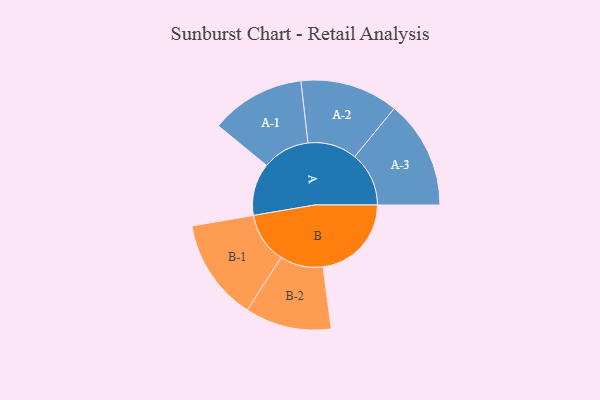
{"axis": {"x": "Segment", "y": "Value"}, "legend": ["", "A", "B"], "data": [{"x": "A", "y": 175, "type": ""}, {"x": "B", "y": 295, "type": ""}, {"x": "A-1", "y": 158, "type": "A"}, {"x": "A-2", "y": 164, "type": "A"}, {"x": "A-3", "y": 181, "type": "A"}, {"x": "B-1", "y": 170, "type": "B"}, {"x": "B-2", "y": 144, "type": "B"}]}